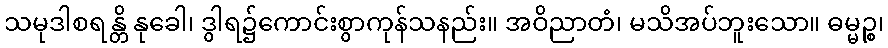
သမုဒါစရန္တိ နုခေါ၊ ဒွါရ၌ကောင်းစွာကုန်သနည်း။ အဝိညာတံ၊ မသိအပ်ဘူးသော။ ဓမ္မဉ္စ၊